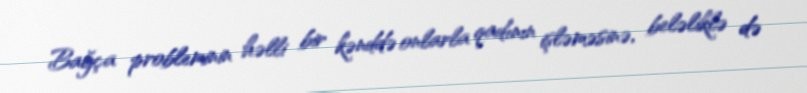
Bağça probleminin həlli bir kənddə onlarla qadının işləməsinə, beləliklə də